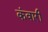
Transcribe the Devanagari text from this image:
कंवारी